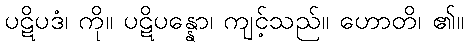
ပဋိပဒံ၊ ကို။ ပဋိပန္နော၊ ကျင့်သည်။ ဟောတိ၊ ၏။